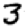
Digit: 3